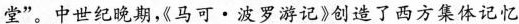
堂”。中世纪晚期”马可·波罗游记》创造了西方集体记忆